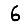
Digit: 6